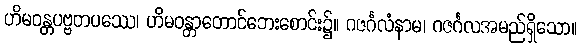
ဟိမဝန္တပဗ္ဗတပဿေ၊ ဟိမဝန္တာတောင်ဘေးစောင်း၌။ ဂဇင်္ဂလံနာမ၊ ဂဇင်္ဂလအမည်ရှိသော။